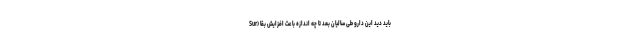
باید دید این دارو طی سالیان بعد تا چه اندازه باعث افزایش بقا (Sur